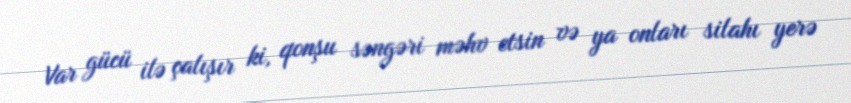
Var gücü ilə çalışır ki, qonşu səngəri məhv etsin və ya onları silahı yerə